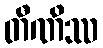
တီဏိဿ